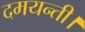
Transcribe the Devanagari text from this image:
दमयन्ती।